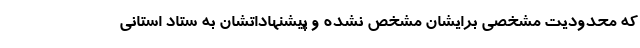
که محدودیت مشخصی برایشان مشخص نشده و پیشنهاداتشان به ستاد استانی